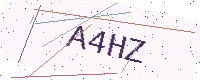
Text: A4HZ